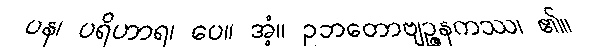
ပန၊ ပရိဟာရ၊ ပေ။ အံ့။ ဥဘတောဗျဉ္ဇနကဿ၊ ၏။